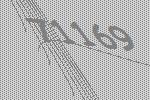
71169